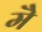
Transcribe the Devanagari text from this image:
मेॆ